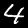
Digit: 4